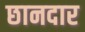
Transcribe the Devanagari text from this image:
छानदार